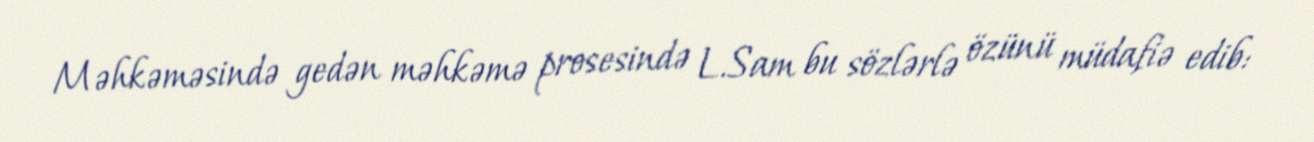
Məhkəməsində gedən məhkəmə prosesində L.Sam bu sözlərlə özünü müdafiə edib: